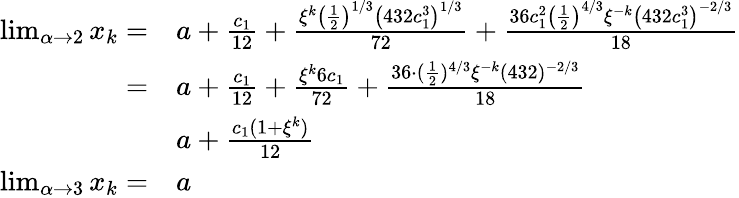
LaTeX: \begin{array}{rl}{\operatorname*{lim}_{\alpha\to 2}x_{k}=}&{a+\frac{c_{1}}{12}+\frac{\xi^{k}\left(\frac{1}{2}\right)^{1/3}\left(432c_{1}^{3}\right)^{1/3}}{72}+\frac{36c_{1}^{2}\left(\frac{1}{2}\right)^{4/3}\xi^{-k}\left(432c_{1}^{3}\right)^{-2/3}}{18}}\\ {=}&{a+\frac{c_{1}}{12}+\frac{\xi^{k}6c_{1}}{72}+\frac{36\cdot(\frac{1}{2})^{4/3}\xi^{-k}(432)^{-2/3}}{18}}\\ &{a+\frac{c_{1}(1+\xi^{k})}{12}}\\ {\operatorname*{lim}_{\alpha\to 3}x_{k}=}&{a}\end{array}